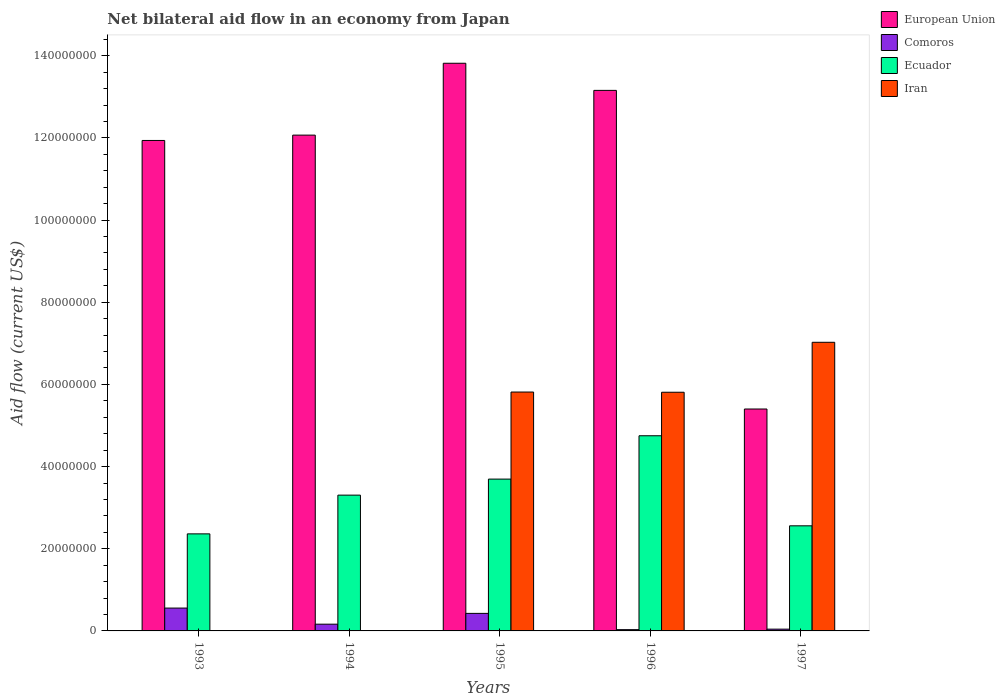
| Years | European Union | Comoros | Ecuador | Iran |
 | --- | --- | --- | --- | --- |
 | 1993 | 1.19e+08 | 5.56e+06 | 2.36e+07 | -5.93e+06 |
 | 1994 | 1.21e+08 | 1.64e+06 | 3.30e+07 | -4.15e+06 |
 | 1995 | 1.38e+08 | 4.27e+06 | 3.7e+07 | 5.81e+07 |
 | 1996 | 1.32e+08 | 3.1e+05 | 4.75e+07 | 5.81e+07 |
 | 1997 | 5.4e+07 | 4.3e+05 | 2.56e+07 | 7.02e+07 |